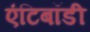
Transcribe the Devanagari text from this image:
एंटिबॉडी